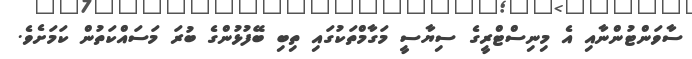
ސާވަންޓުންނާއި އެ މިނިސްޓްރީގެ ސިޔާސީ މަގާމްތަކުގައި ތިބި ބޭފުޅުންގެ ބުރަ މަސައްކަތުން ކަމަށެވެ.